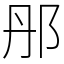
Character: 䢷